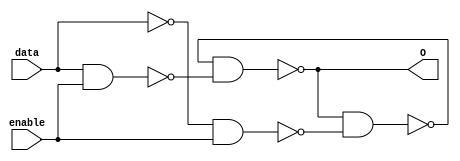
module flipFlop(data,enable,O);
	input data,enable;
	output O;
	
	nand gate1(w1,data,enable);
	nand gate2(w2,data,data);
	nand gate3(w3,w2,enable);
	nand gate4(w4,w5,w1);
	nand gate5(w5,w4,w3);
	
	assign O=w4;
	
endmodule

module edgeTriggeredLatch(data,enable,O);
	input data,enable;
	output O;
	
	wire q1,q2,leftFlopData;
	nand inverter(notEnable,enable,enable);
	flipFlop leftFlop(data,notEnable,q1);
	flipFlop rightFlop(q1,enable,q2);
	
	assign O=q2;

endmodule

module sixteenBitRegister(data,enable,O);
	input [15:0] data;
	input enable;
	output [15:0] O;
	
	
	
	edgeTriggeredLatch latch0(data[0],enable,O[0]);
	edgeTriggeredLatch latch1(data[1],enable,O[1]);
	edgeTriggeredLatch latch2(data[2],enable,O[2]);
	edgeTriggeredLatch latch3(data[3],enable,O[3]);
	edgeTriggeredLatch latch4(data[4],enable,O[4]);
	edgeTriggeredLatch latch5(data[5],enable,O[5]);
	edgeTriggeredLatch latch6(data[6],enable,O[6]);
	edgeTriggeredLatch latch7(data[7],enable,O[7]);
	edgeTriggeredLatch latch8(data[8],enable,O[8]);
	edgeTriggeredLatch latch9(data[9],enable,O[9]);
	edgeTriggeredLatch latch10(data[10],enable,O[10]);
	edgeTriggeredLatch latch11(data[11],enable,O[11]);
	edgeTriggeredLatch latch12(data[12],enable,O[12]);
	edgeTriggeredLatch latch13(data[13],enable,O[13]);
	edgeTriggeredLatch latch14(data[14],enable,O[14]);
	edgeTriggeredLatch latch15(data[15],enable,O[15]);

endmodule


/*module Register32(data,enable,O);
	input [31:0] data;
	input enable;
	output [31:0] O;
	

	edgeTriggeredLatch latch0(data[0],enable,O[0]);
	edgeTriggeredLatch latch1(data[1],enable,O[1]);
	edgeTriggeredLatch latch2(data[2],enable,O[2]);
	edgeTriggeredLatch latch3(data[3],enable,O[3]);
	edgeTriggeredLatch latch4(data[4],enable,O[4]);
	edgeTriggeredLatch latch5(data[5],enable,O[5]);
	edgeTriggeredLatch latch6(data[6],enable,O[6]);
	edgeTriggeredLatch latch7(data[7],enable,O[7]);
	edgeTriggeredLatch latch8(data[8],enable,O[8]);
	edgeTriggeredLatch latch9(data[9],enable,O[9]);
	edgeTriggeredLatch latch10(data[10],enable,O[10]);
	edgeTriggeredLatch latch11(data[11],enable,O[11]);
	edgeTriggeredLatch latch12(data[12],enable,O[12]);
	edgeTriggeredLatch latch13(data[13],enable,O[13]);
	edgeTriggeredLatch latch14(data[14],enable,O[14]);
	edgeTriggeredLatch latch15(data[15],enable,O[15]);
	edgeTriggeredLatch latch16(data[16],enable,O[16]);
	edgeTriggeredLatch latch17(data[17],enable,O[17]);
	edgeTriggeredLatch latch18(data[18],enable,O[18]);
	edgeTriggeredLatch latch19(data[19],enable,O[19]);
	edgeTriggeredLatch latch20(data[20],enable,O[20]);
	edgeTriggeredLatch latch21(data[21],enable,O[21]);
	edgeTriggeredLatch latch22(data[22],enable,O[22]);
	edgeTriggeredLatch latch23(data[23],enable,O[23]);
	edgeTriggeredLatch latch24(data[24],enable,O[24]);
	edgeTriggeredLatch latch25(data[25],enable,O[25]);
	edgeTriggeredLatch latch26(data[26],enable,O[26]);
	edgeTriggeredLatch latch27(data[27],enable,O[27]);
	edgeTriggeredLatch latch28(data[28],enable,O[28]);
	edgeTriggeredLatch latch29(data[29],enable,O[29]);
	edgeTriggeredLatch latch30(data[30],enable,O[30]);
	edgeTriggeredLatch latch31(data[31],enable,O[31]);

endmodule*/

module RegisterN(data,enable,rst,O);
  parameter N=32;
	input [N-1:0] data;
	input enable,rst;
	output reg [N-1:0] O;
	
	always @(posedge enable or posedge rst)
	begin
	  if(rst) begin
			O <= 0;
		end else begin
		  O <= data;
		end
		
	end
endmodule



module RegFile(regWE,RzWE,data,Z,Y,X,Rz,Ry,Rx);
	input regWE;
	input[2:0] RzWE,Z,Y,X;
	input[31:0] data;
	output reg[31:0] Rz,Ry,Rx;

	reg[31:0] registers[7:0];
	
	initial begin
	 registers[0] = 0;
	 registers[1] = 0;
	 registers[2] = 0;
	 registers[3] = 0;
	 registers[4] = 0;
	 registers[5] = 0;
	 registers[6] = 0;
	 registers[7] = 0;
	end
	  
	
	always @(*)
	begin
		if(regWE)
			registers[RzWE] = data;
			
		Rz = registers[Z];
		Ry = registers[Y];
		Rx = registers[X];
	end


endmodule


module Memory4KB(rst,memW,address,dataIn,dataOut);
	input memW,rst;
	input[31:0] address,dataIn;
	output reg [31:0] dataOut;
	reg[31:0] memory[1023:0];
	integer i;
	initial begin 
	 
	 $readmemh("test.hex", memory);
	 for(i=10;i<1024;i=i+1) begin //TODO get number dynamically
	     memory[i] <= 0;
	 end
	end
	
	always @(*) begin
		if(memW) begin
			memory[address[9:0]/4] <= dataIn; 
	  end
	dataOut <= memory[address[9:0]/4];
  end
endmodule